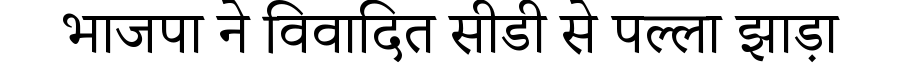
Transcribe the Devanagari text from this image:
भाजपा ने विवादित सीडी से पल्ला झाड़ा